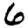
Digit: 6